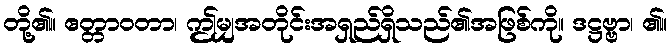
တို့၏။ ဧတ္တာဝတာ၊ ဤမျှအတိုင်းအရှည်ရှိသည်၏အဖြစ်ကို။ ဒဋ္ဌဗ္ဗာ၊ ၏။